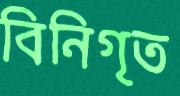
বিনিগৃত